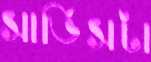
সার্ভিসটা